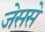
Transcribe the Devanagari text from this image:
जेससे